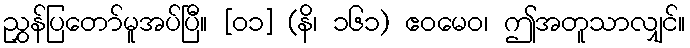
ညွှန်ပြတော်မူအပ်ပြီ။ [၀၁] (နိ၊ ၁၆၁) ဧဝမေဝ၊ ဤအတူသာလျှင်။